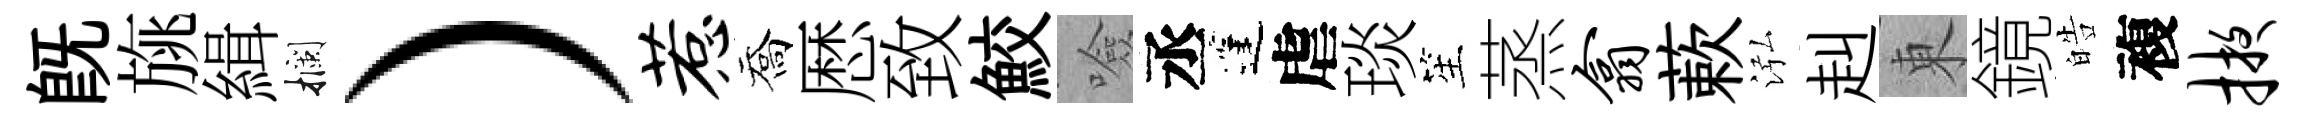
旣旐緝攔）惹喬厯致鮫噞丞蓬虐琰笙蒸翕蔌泓赳東鏡皓複掖